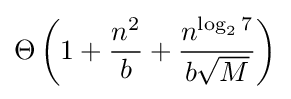
\Theta \left(1+{\frac {n^{2}}{b}}+{\frac {n^{\log _{2}7}}{b{\sqrt {M}}}}\right)